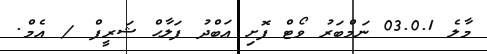
މާލެ 03.0.1 ނަމްބަރު ވޯޓް ފޮށި ޢަބްދު ފަލާޙް ޝަރީފް / އެމް.